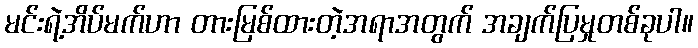
မင်းရဲ့အိပ်မက်ဟာ တားမြစ်ထားတဲ့အရာအတွက် အချက်ပြမှုတစ်ခုပါ။